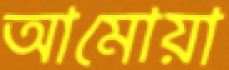
আমোয়া